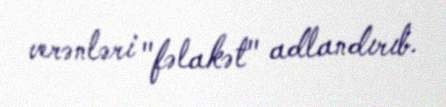
verənləri "fəlakət" adlandırıb.